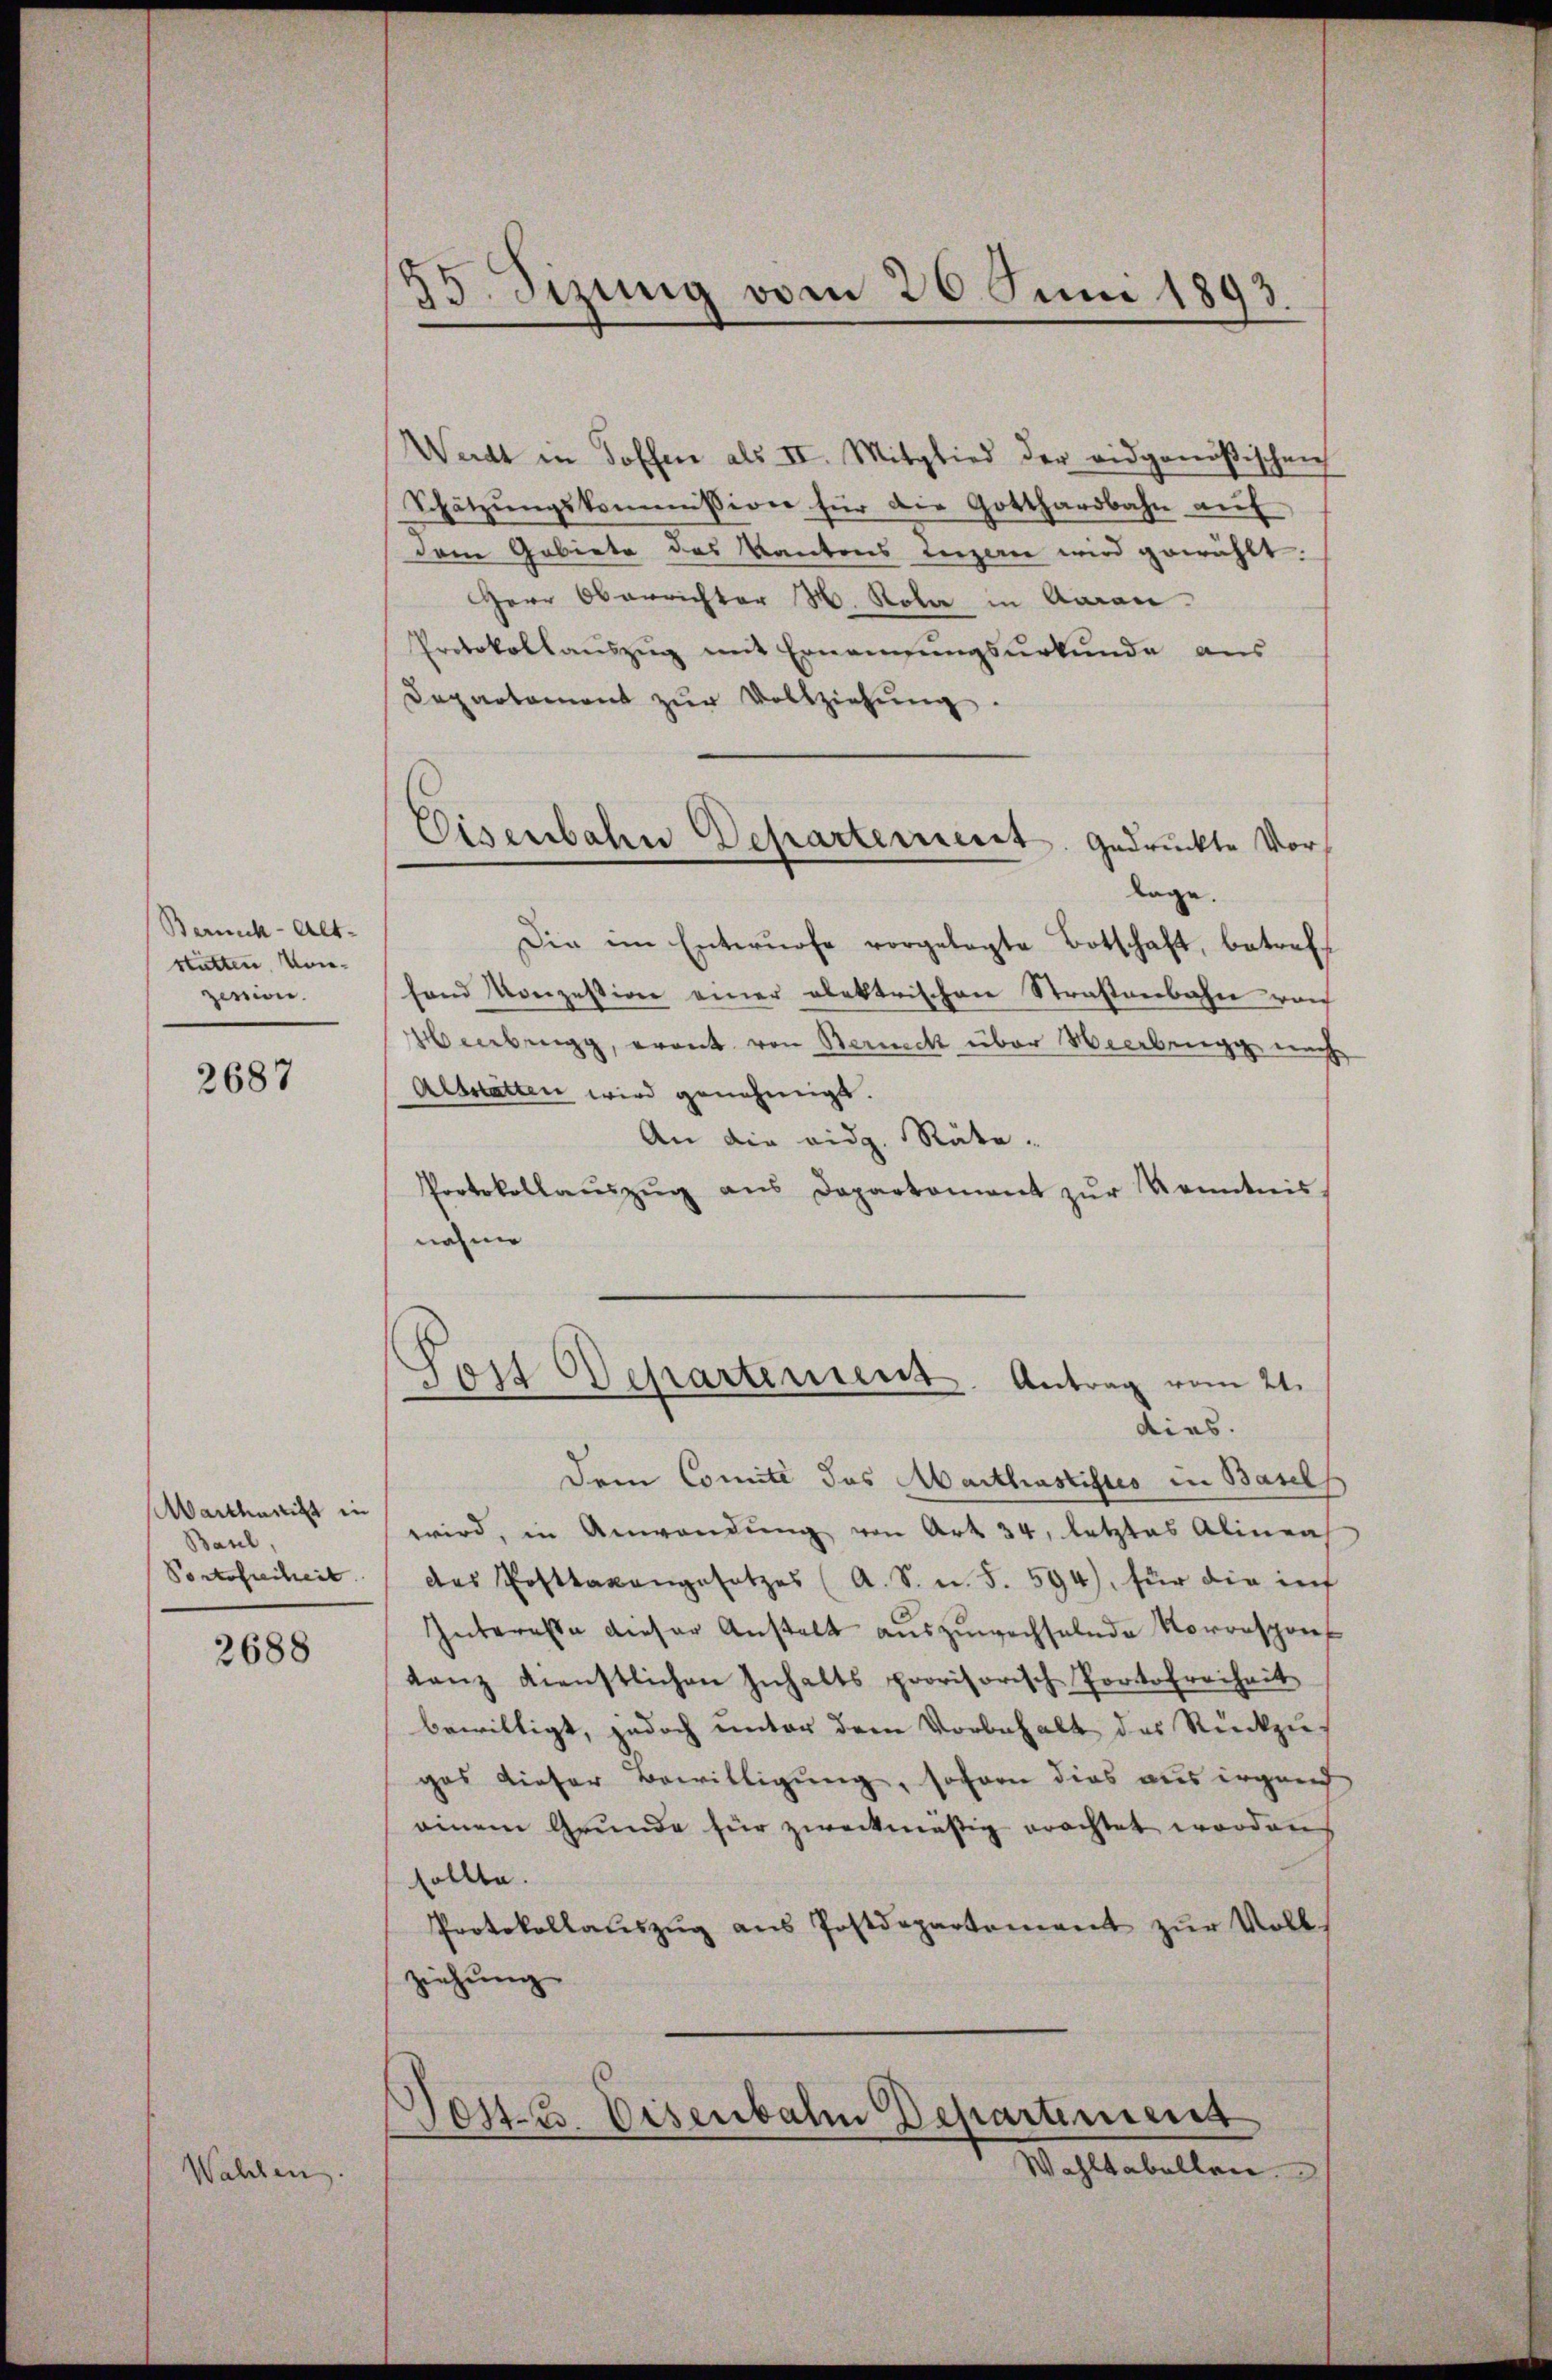
Bernik-Alt-
statten. Konzesion.

2687

Marthanist in
Baul,
Portofreiheit

2688

Wahlen

d
33. Sizung vom 26. Juni 1893.

Eisenbahn Departement gedruckte Vor¬

Watt in Toffen als II. Mitglied der eidgenößischen
Schätzŭngskommission für die Gotthardbahn aŭf
dem Gebiete des Kantons Luzern wird gewählt.
Herr Oberrichter M. Kola in Aarau
Protokollauszug mit Ernennungsurkunde aus
Departament zŭr Vollziehŭng.
lage.
Die im Entwürfe vorgelegte Botschaft, betreff
hand Konzession einer elektrischen Straßenbahn vorh
eenbrugg, grant von Zürich über Heerbrugg nach
Altstatten wird genehmigt.
An die eidg. Rute-
Protokollaŭszŭg ans Departament zŭr Kenntnis
nahme
Sors Departerient. Antrag vom 21.
dies.
dem Comité des Marthastistes in Basels
wird, in Anwendŭng von Art. 34, letztes Alinea
des Posttaxangesetzes (A. S. u. S. 594), für die inf
Interesse dieser Anstalt aŭszŭwechselnde Vororsprieß
tanz dienstlichen Inhalts provisorisch Portofreiheit
bewilligt, jedoch unter dem Vorbehalt des Rückzus
ges dieser Bewilligung, soforn dies aus irgend
einem Grunde für zweckmäßig erachtet worden
sollte.
Protokollauszug aus Postdepartement zur Volls
ziehung
Post- u. Eisenbahn Departement
Wahltabellen.